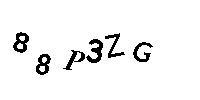
88P3ZG